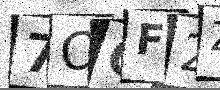
Text: 7OCF2Z